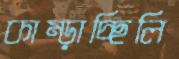
কাম্‌ড়াচ্ছিলি